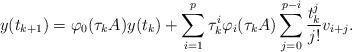
LaTeX: \begin{align*} y(t_{k+1})=\varphi_0 (\tau_k A)y(t_k)+\sum_{i=1}^{p}\tau^i_k \varphi_i (\tau_k A) \sum_{j=0}^{p-i} \frac{t^j_k}{j!}v_{i+j}.\end{align*}